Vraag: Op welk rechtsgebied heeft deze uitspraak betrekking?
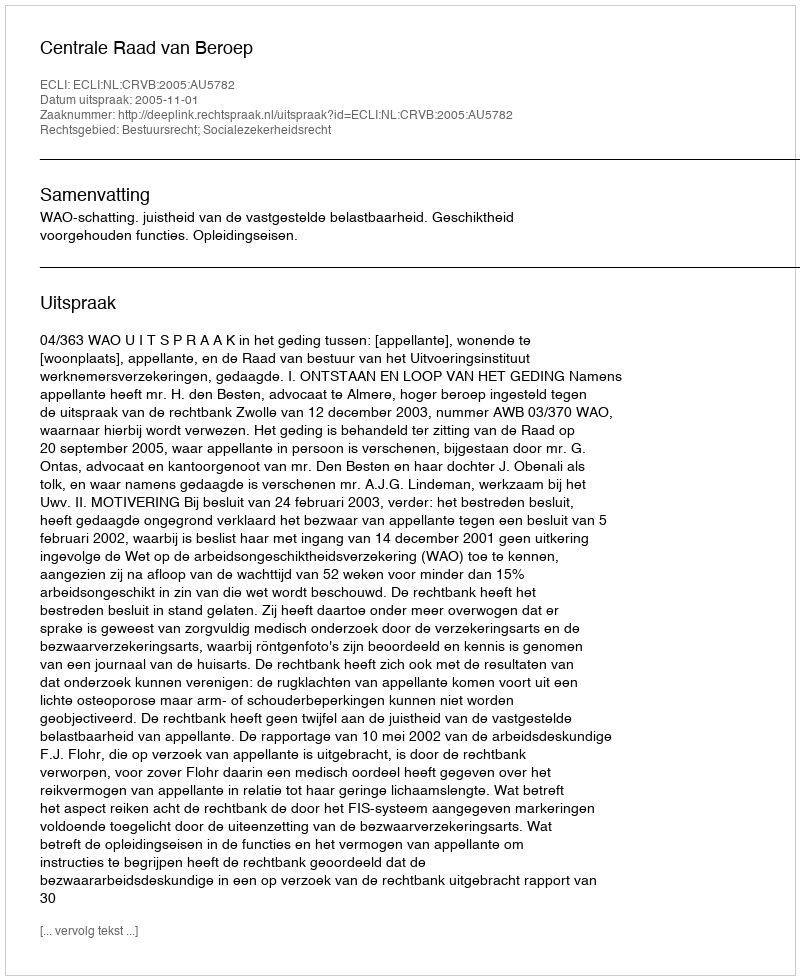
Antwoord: Bestuursrecht; Socialezekerheidsrecht